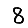
Digit: 8